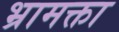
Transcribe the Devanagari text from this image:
भ्रामक्ता